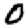
Digit: 0